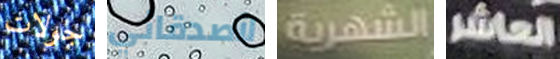
جولات لأصدقائي الشهرية العاشر